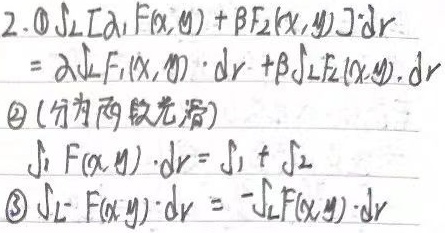
2.
\textcircled{1}\(\int_{L}[\alpha F_1(x,y)+\beta F_2(x,y)]\cdot d\vec{r}=\alpha\int_{L}F_1(x,y)\cdot d\vec{r}+\beta\int_{L}F_2(x,y)\cdot d\vec{r}\)
\textcircled{2} (分为两段光滑)\(\int_{L}F(x,y)\cdot d\vec{r}=\int_{L_1}F(x,y)\cdot d\vec{r}+\int_{L_2}F(x,y)\cdot d\vec{r}\)
\textcircled{3}\(\int_{L^{-}}F(x,y)\cdot d\vec{r}=-\int_{L}F(x,y)\cdot d\vec{r}\)